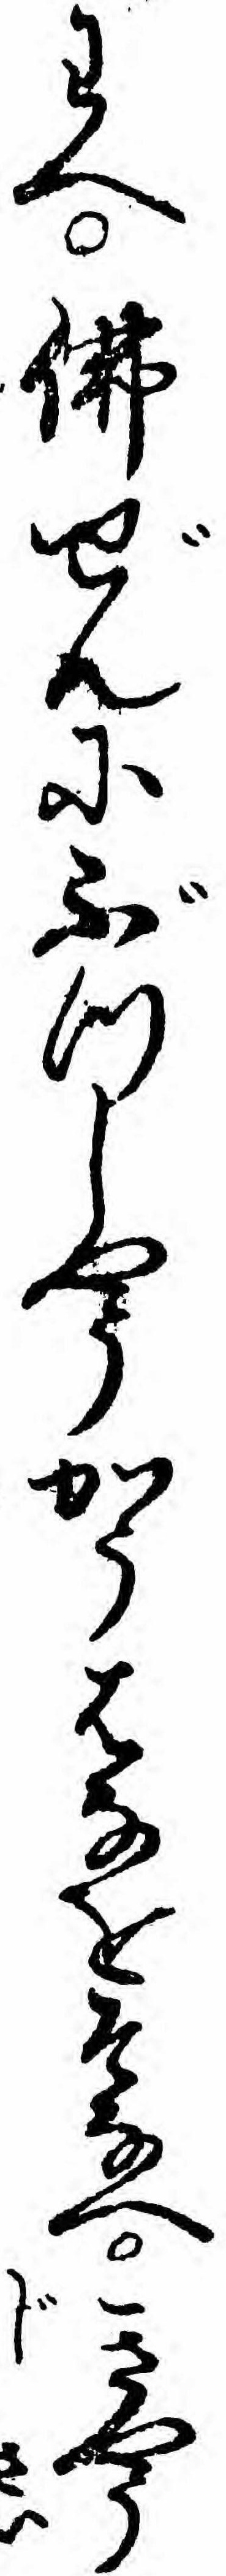
わへ仏ぜんにぶつしやうかうはなをそなへきやう